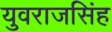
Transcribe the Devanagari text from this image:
युवराजसिंह